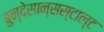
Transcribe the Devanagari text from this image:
बुन्देसान्सस्टाल्ट